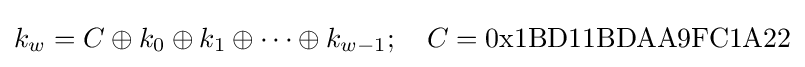
k_{w}=C\oplus k_{0}\oplus k_{1}\oplus \dots \oplus k_{w-1};\quad C={\text{0x1BD11BDAA9FC1A22}}